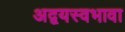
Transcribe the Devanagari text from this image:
अद्वयस्वभावा